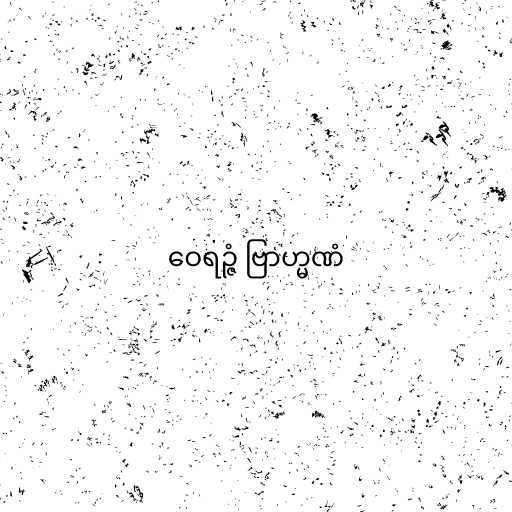
ဝေရဉ္ဇံ ဗြာဟ္မဏံ